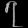
Digit: ၇